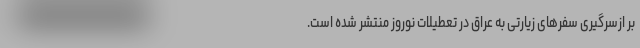
بر ازسرگیری سفرهای زیارتی به عراق در تعطیلات نوروز منتشر شده است.